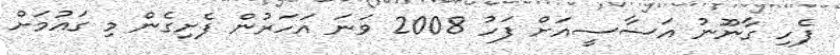
ފެހި ގާނޫނު އަސާސީއަށް ފަހު 2008 ވަނަ އަހަރުން ފެށިގެން މި ގައުމަށް